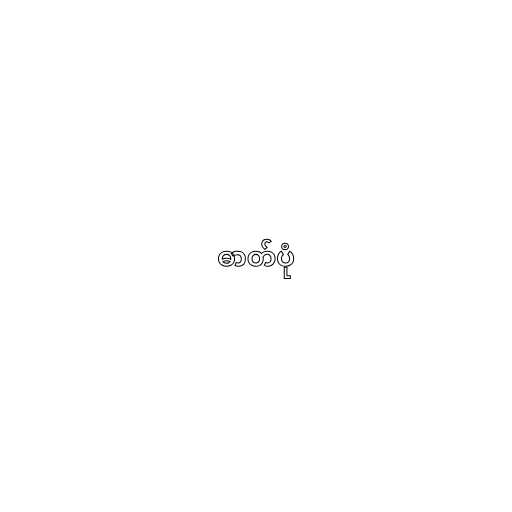
ဓာတ်ပုံ